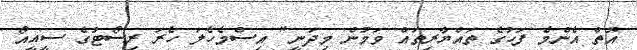
އޮތް އެންމެ ފަހުގެ ތައްޔާރިތައް ވަމުން މިދަނީ" އިސްމެހެލަ ހެރަ ރިސޯޓުގެ ސީއީއޯ